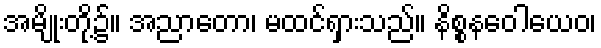
အမျိုးတို့၌။ အညာတော၊ မထင်ရှားသည်။ နိစ္စနဝေါယေဝ၊